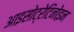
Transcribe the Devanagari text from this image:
आइसोट्रेटिनोइन